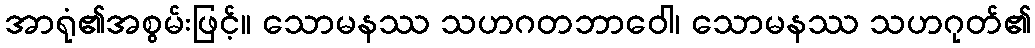
အာရုံ၏အစွမ်းဖြင့်။ သောမနဿ သဟဂတဘာဝေါ၊ သောမနဿ သဟဂုတ်၏